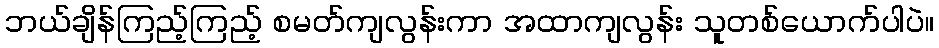
ဘယ်ချိန်ကြည့်ကြည့် စမတ်ကျလွန်းကာ အထာကျလွန်း သူတစ်ယောက်ပါပဲ။